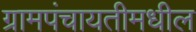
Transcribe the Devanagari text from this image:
ग्रामपंचायतीमधील